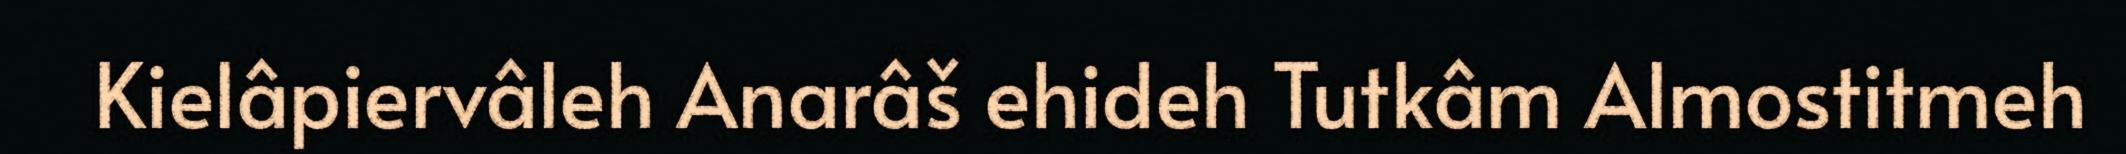
Kielâpiervâleh Anarâš ehideh Tutkâm Almostitmeh